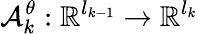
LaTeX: \mathcal{A}_{k}^{\theta}:\mathbb{R}^{l_{k-1}}\rightarrow\mathbb{R}^{l_{k}}